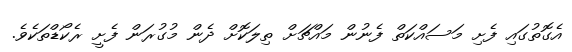
އެގޮތުގައި ފެށި މަސައްކަތް ފެނުން މައްޗަށް ތިލަކޮށް ދެން މުގުރަން ފެށީ ރެކޯޑްތަކެވެ.